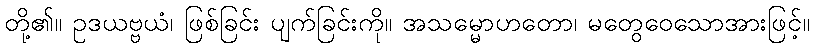
တို့၏။ ဥဒယဗ္ဗယံ၊ ဖြစ်ခြင်း ပျက်ခြင်းကို။ အသမ္မောဟတော၊ မတွေဝေသောအားဖြင့်။